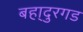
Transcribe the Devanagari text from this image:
बहा्दुरगड